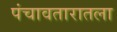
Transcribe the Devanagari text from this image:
पंचावतारातला